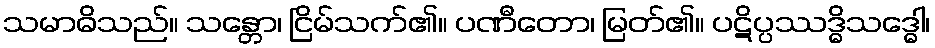
သမာဓိသည်။ သန္တော၊ ငြိမ်သက်၏။ ပဏီတော၊ မြတ်၏။ ပဋိပ္ပဿဒ္ဓိသဒ္ဓေါ၊